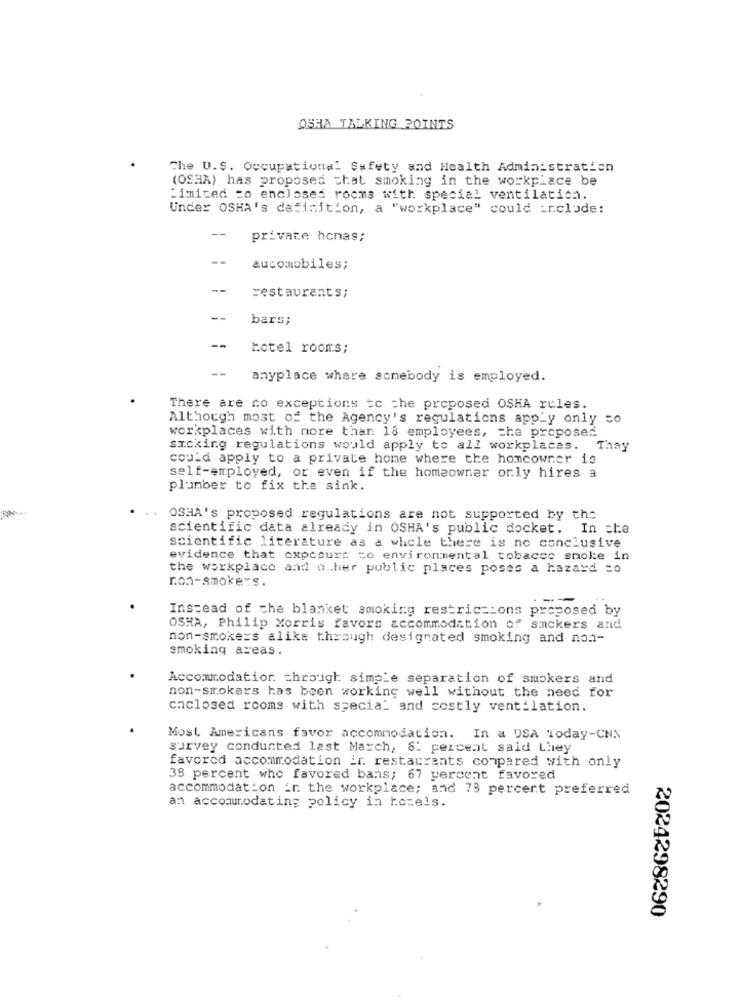
OSHA TALKING POINTS
The U.S. Occupational Safety and Health Administration
(OSHA) has proposed that smoking in the workplace be
:imited to enclosed rooms with special ventilatich.
Under OSHA's definition, a "workplace" could include:
--
private hcnas;
--
automobiles;
--
restaurants;
--
bars;
--
hotel rooms;
--
anyplace where somebody is employed.
There are no exceptions tc the proposed OSHA rules.
Although most of the Agency's regulations app_y only to
workplaces with more than 18 employees, che proposed
smoking regulations would apply to all workplaces. They
could apply to a private home where the homeowner is
self-employed, or even if the homeowner orly hires a
plumber to fix the sink.
OSHA's proposed regulations are not supported by the
scientific data already in OSHA's public docket. In che
scientific literature as a whole there is no conclusive
evidence that oxpcourt to environmental tobacco smoke in
the workplace and o .. her public places poses a hazard =o
non-smokers.
--
Instead of the blanket smoking restrictions proposed by
OSHA, Philip Morris favors accommodation of smckers and
non-smokers alike through designated smoking and non-
smoking areas.
Accommodation through simple separation of smokers and
non-smokers has been working well without the need for
enclosed rooms with special and costly ventilation.
Most Americans favor accommodation. In a USA Today-CNN
survey conducted last March, 6: percent said Liney
favored accommodation ir. restaurants compared with only
35 percent who favored bans; 67 percent favored
accommodation in the workplace; and 73 percent preferred
an accommodating policy in hozels.
2024298290